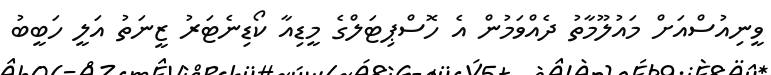
ވީނިއުސްއަށް މައުލޫމާތު ދެއްވަމުން އެ ހޮސްޕިޓަލްގެ މީޑިއާ ކޯޑިނެޓަރު ޒީނަތު އަލީ ހަބީބު